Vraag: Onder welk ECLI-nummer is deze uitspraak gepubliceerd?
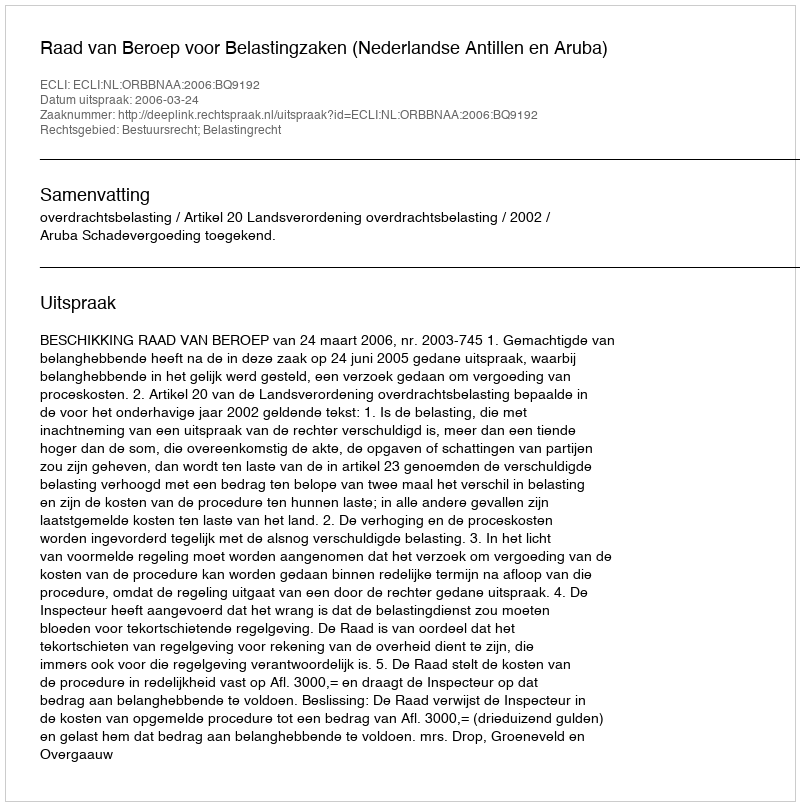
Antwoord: ECLI:NL:ORBBNAA:2006:BQ9192